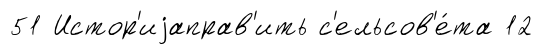
51 Истор'иjаправ'ить с'ельсов'е́та 12